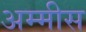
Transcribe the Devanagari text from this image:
अम्मीस